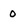
Character: 0